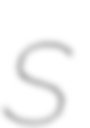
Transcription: S